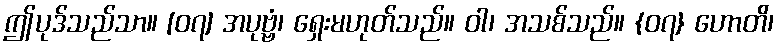
ဤပုဒ်သည်သာ။ [၀၇] အပုဗ္ဗံ၊ ရှေးမဟုတ်သည်။ ဝါ၊ အသစ်သည်။ {၀၇} ဟောတိ၊